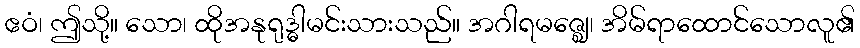
ဧဝံ၊ ဤသို့။ သော၊ ထိုအနုရုဒ္ဓါမင်းသားသည်။ အဂါရမဇ္ဈေ၊ အိမ်ရာထောင်သောလူ၏